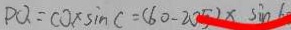
P Q = C O \times \sin C = ( 6 0 - 2 0 5 ) \times \sin 6